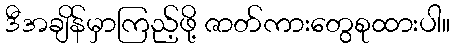
ဒီအချိန်မှာကြည့်ဖို့ ဇာတ်ကားတွေစုထားပါ။